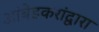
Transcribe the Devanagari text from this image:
आंबेडकरांद्वारा